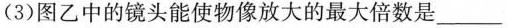
(3)图乙中的镜头能使物像放大的最大倍数是___